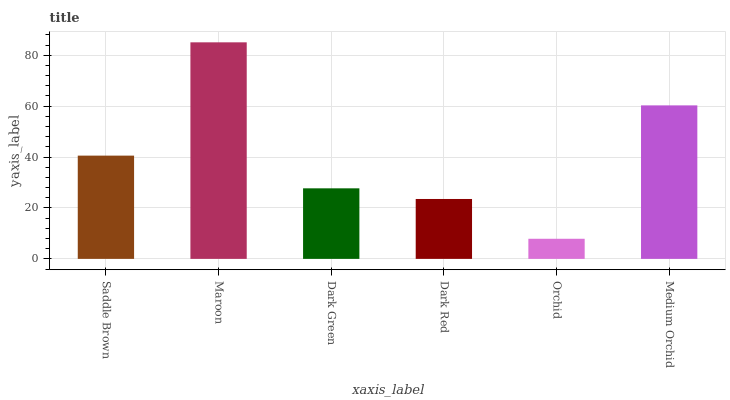
| xaxis_label | bars |
 | --- | --- |
 | Saddle Brown | 40.6 |
 | Maroon | 85.1 |
 | Dark Green | 27.7 |
 | Dark Red | 23.5 |
 | Orchid | 7.9 |
 | Medium Orchid | 60.3 |